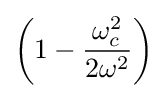
\left(1-{\frac {\omega _{c}^{2}}{2\omega ^{2}}}\right)